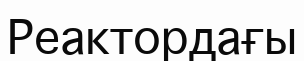
Реактордағы